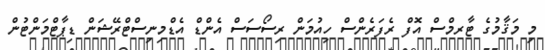
މި މަޤާމުގެ ޓާރމްސް އޮފް ރެފަރެންސް ހިއުމަން ރިސޯސަސް އެންޑް އެޑްމިނިސްޓްރޭޝަން ޑިޕާޓްމަންޓުން